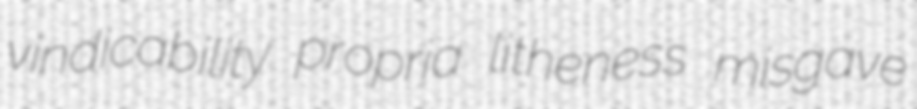
vindicability propria litheness misgave